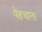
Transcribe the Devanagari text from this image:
पेहचाना